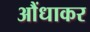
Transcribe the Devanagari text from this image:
आैंधाकर